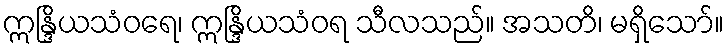
ဣန္ဒြိယသံဝရေ၊ ဣန္ဒြိယသံဝရ သီလသည်။ အသတိ၊ မရှိသော်။